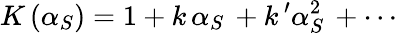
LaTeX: K\left(\alpha_{S}\right)=1+k\, \alpha_{S}\, +k\, ^{\prime}\alpha_{S}^{2}\, +\cdots